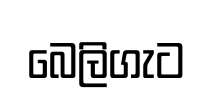
බෙලිගැට